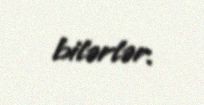
bilərlər.